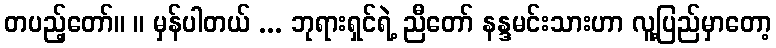
တပည့်တော်။ ။ မှန်ပါတယ် ... ဘုရားရှင်ရဲ့ ညီတော် နန္ဒမင်းသားဟာ လူ့ပြည်မှာတော့